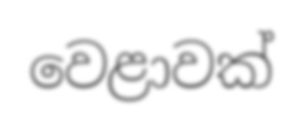
වෙළාවක්